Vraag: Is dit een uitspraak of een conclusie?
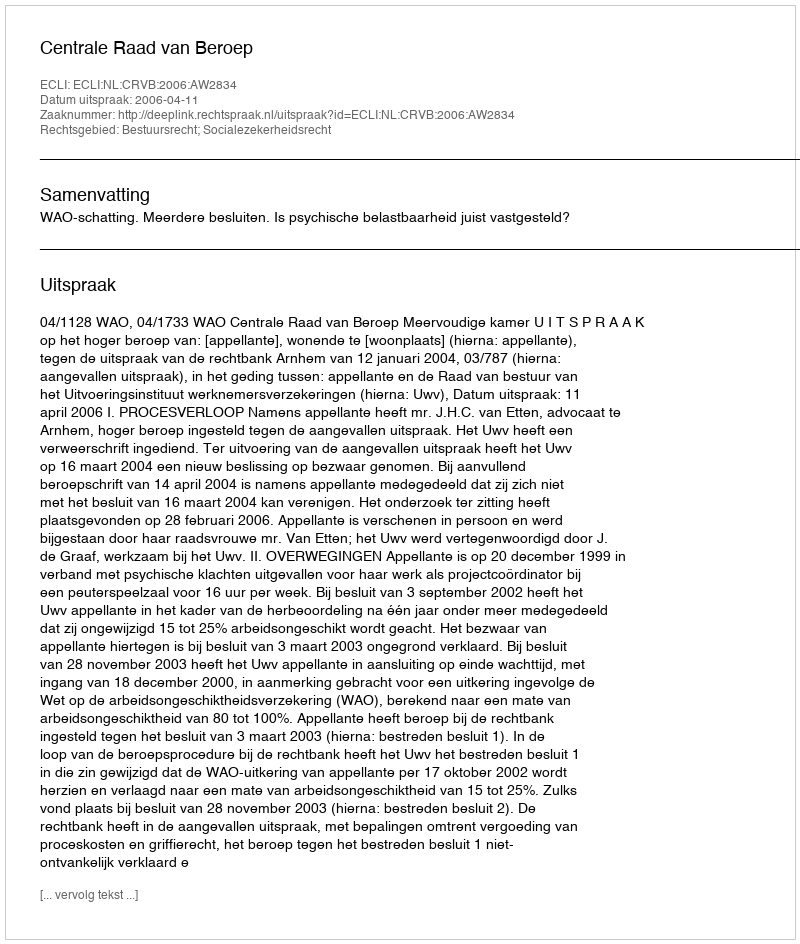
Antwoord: Uitspraak